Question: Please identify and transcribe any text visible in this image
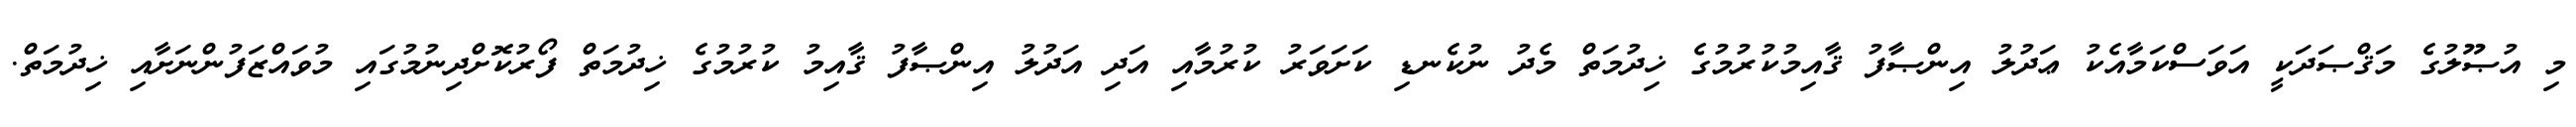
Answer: މި އުޞޫލުގެ މަޤްޞަދަކީ އަވަސްކަމާއެކު ޢަދުލު އިންޞާފު ޤާއިމުކުރުމުގެ ޚިދުމަތް މެދު ނުކެނޑި ކަށަވަރު ކުރުމާއި އަދި އަދުލު އިންޞާފު ޤާއިމު ކުރުމުގެ ޚިދުމަތް ފޯރުކޮށްދިނުމުގައި މުވައްޒަފުންނަށާއި ޚިދުމަތް.